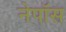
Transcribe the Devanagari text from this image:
नेपॉस